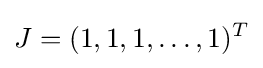
J=(1,1,1,\ldots ,1)^{T}